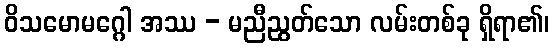
ဝိသမောမဂ္ဂေါ အဿ - မညီညွတ်သော လမ်းတစ်ခု ရှိရာ၏၊